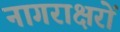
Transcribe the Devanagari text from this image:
नागराक्षरों